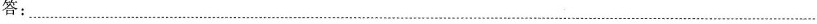
答：___